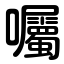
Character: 囑